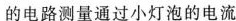
的电路测量通过小灯泡的电流